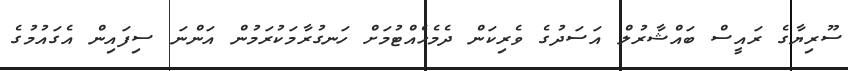
ސޫރިޔާގެ ރައީސް ބައްޝާރުލް އަސަދުގެ ވެރިކަން ދެމެހެއްޓުމަށް ހަނގުރާމަކުރަމުން އަންނަ ސިފައިން އެގައުމުގެ